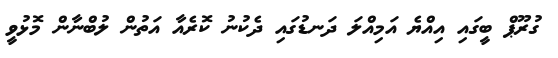
ގުރޫޕް ބީގައި އިއްޔެ އަމިއްލަ ދަނޑުގައި ދެކުނު ކޮރެއާ އަތުން ލުބްނާން މޮޅުވީ